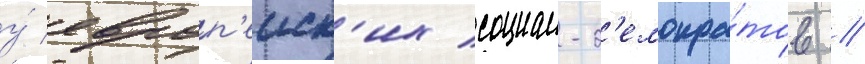
у́ европ'еиск'их социал-д'емокра́тов //